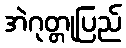
အဲဂုတ္တုပြည်